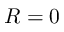
R = 0